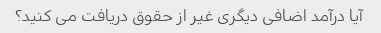
آیا درآمد اضافی دیگری غیر از حقوق دریافت می کنید؟